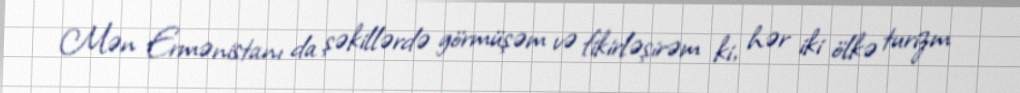
Mən Ermənistanı da şəkillərdə görmüşəm və fikirləşirəm ki, hər iki ölkə turizm